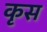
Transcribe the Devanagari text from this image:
कृस